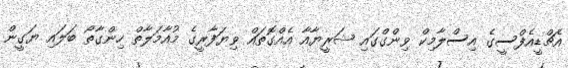
އެޗްޑީއެފްސީގެ އިސްލާމިކް ވިންގްގައި ޝަރީޔާއާ އެއްގޮތައް ވިޔަފާރީގެ މުއާމަލާތް ހިންގާތޯ ބަލައި ޔަގީން